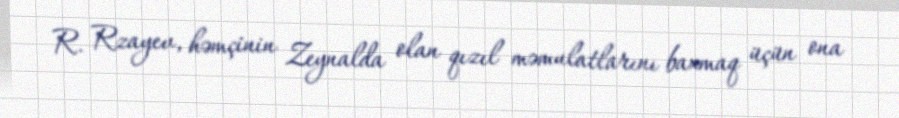
R. Rzayev, həmçinin Zeynalda olan qızıl məmulatlarını baxmaq üçün ona